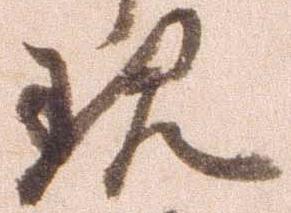
現